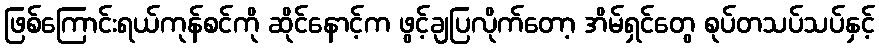
ဖြစ်ကြောင်းရယ်ကုန်စင်ကို ဆိုင်နောင့်က ဖွင့်ချပြလိုက်တော့ အိမ်ရှင်တွေ စုပ်တသပ်သပ်နှင့်